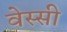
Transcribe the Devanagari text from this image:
वेस्सी